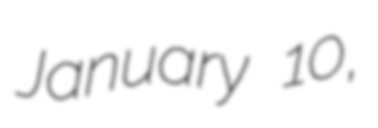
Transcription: January 10,